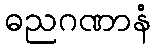
ဓညဂဏာနံ